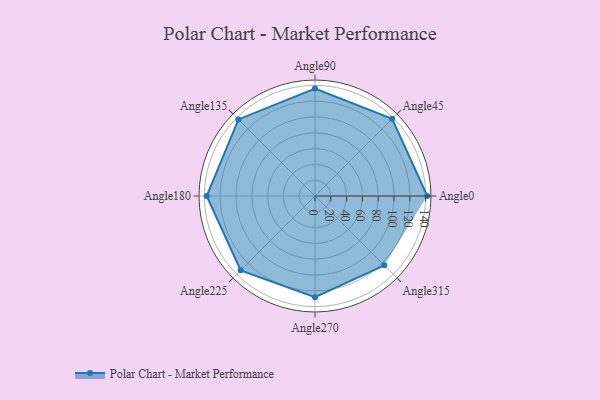
{"axis": {"x": "Angle", "y": "Radius"}, "legend": [""], "data": [{"x": "Angle0", "y": 142.0, "type": ""}, {"x": "Angle45", "y": 138.0, "type": ""}, {"x": "Angle90", "y": 136.0, "type": ""}, {"x": "Angle135", "y": 137.0, "type": ""}, {"x": "Angle180", "y": 137.0, "type": ""}, {"x": "Angle225", "y": 133.0, "type": ""}, {"x": "Angle270", "y": 128.0, "type": ""}, {"x": "Angle315", "y": 124.0, "type": ""}]}